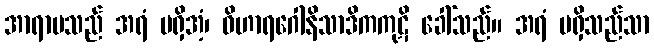
အာရာမသည် အရံ မရှိအံ့၊ ဝိဟာရဂေါနိသာဒိကကုဋိ ခေါ်သည်။ အရံ မရှိသည်သာ